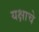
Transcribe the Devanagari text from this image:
यक्षाचे